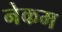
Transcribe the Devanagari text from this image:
नेकम